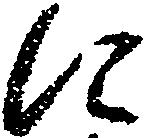
に